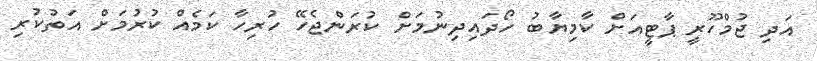
އަދި ޖުމްހޫރީ ޕާޓީއަށް ކާމިޔާބު ހޯދައިދިނުމަށް ކުރަންޖެހޭ ހުރިހާ ކަމެއް ކުރުމަށް އަތުކުރި